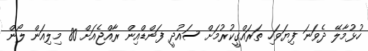
ހުޅުމާލޭ ދެވަނަ ފިޔަވަހި ތަރައްގީކުރުމަށް ސައުދީ ފަންޑްއިން ރާއްޖެއަށް 80 މިލިއަން ލޯން